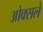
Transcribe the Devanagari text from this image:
ओक्सले